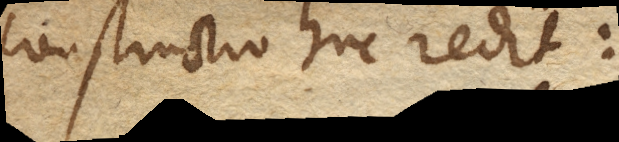
Constructio huc redit: